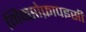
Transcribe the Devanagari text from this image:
मिक्सोफ़ापइसी